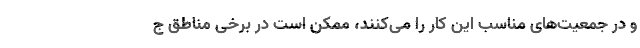
و در جمعیت‌های مناسب این کار را می‌کنند، ممکن است در برخی مناطق ج